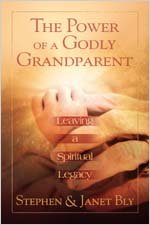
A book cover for The Power of a Godly Grandparent: Leaving a Spiritual Legacy; Stephen and Janet Bly; Parenting & Relationships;